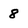
Character: 8